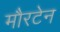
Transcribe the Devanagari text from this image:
मौरटेन